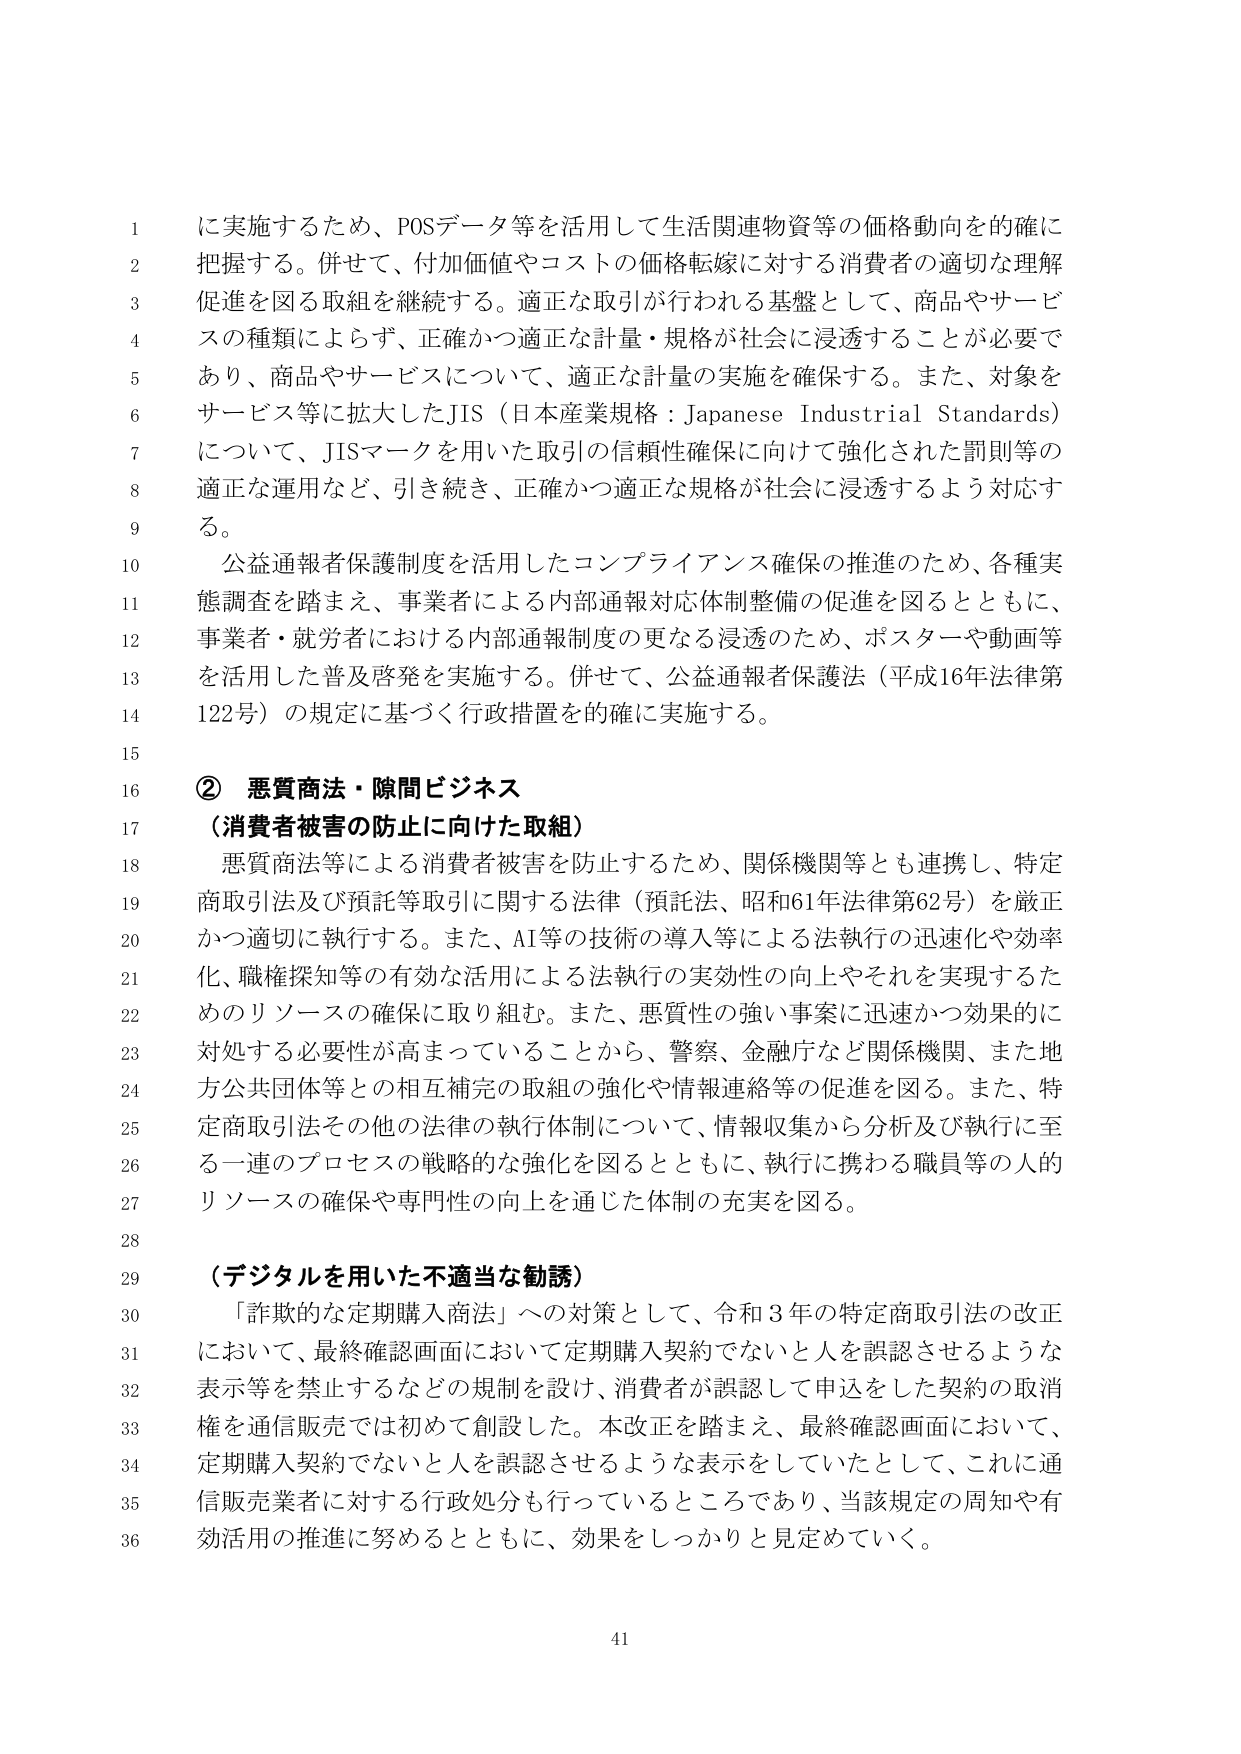
に実施するため、POSデータ等を活用して生活関連物資等の価格動向を的確に把握する。併せて、付加価値やコストの価格転嫁に対する消費者の適切な理解促進を図る取組を継続する。適正な取引が行われる基盤として、商品やサービスの種類によらず、正確かつ適正な計量・規格が社会に浸透することが必要であり、商品やサービスについて、適正な計量の実施を確保する。また、対象をサービス等に拡大したJIS（日本産業規格：Japanese Industrial Standards）について、JISマークを用いた取引の信頼性確保に向けて強化された罰則等の適正な運用など、引き続き、正確かつ適正な規格が社会に浸透するよう対応する。

公益通報者保護制度を活用したコンプライアンス確保の推進のため、各種実態調査を踏まえ、事業者による内部通報対応体制整備の促進を図るとともに、事業者・就労者における内部通報制度の更なる浸透のため、ポスターや動画等を活用した普及啓発を実施する。併せて、公益通報者保護法（平成16年法律第122号）の規定に基づく行政措置を的確に実施する。

② 悪質商法・隙間ビジネス
（消費者被害の防止に向けた取組）

悪質商法等による消費者被害を防止するため、関係機関等とも連携し、特定商取引法及び預託等取引に関する法律（預託法、昭和61年法律第62号）を厳正かつ適切に執行する。また、AI等の技術の導入等による法執行の迅速化や効率化、職権探知等の有効な活用による法執行の実効性の向上やそれを実現するためのリソースの確保に取り組む。また、悪質性の強い事案に迅速かつ効果的に対処する必要性が高まっていることから、警察、金融庁など関係機関、また地方公共団体等との相互補完の取組の強化や情報連絡等の促進を図る。また、特定商取引法その他の法律の執行体制について、情報収集から分析及び執行に至る一連のプロセスの戦略的な強化を図るとともに、執行に携わる職員等人的リソースの確保や専門性の向上を通じた体制の充実を図る。

（デジタルを用いた不適当な勧誘）

「詐欺的な定期購入商法」への対策として、令和3年の特定商取引法の改正において、最終確認画面において定期購入契約でない人を誤認させるような表示等を禁止するなどの規制を設け、消費者が誤認して申込をした契約の取消権を通信販売では初めて創設した。本改正を踏まえ、最終確認画面において、定期購入契約でない人を誤認させるような表示をしていたとして、これに通信販売業者に対する行政処分も行っているところであり、当該規定の周知や有効活用の推進に努めるとともに、効果をしっかり見定めていく。

41